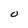
Character: O